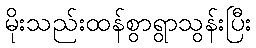
မိုးသည်းထန်စွာရွာသွန်းပြီး